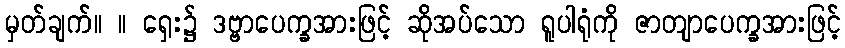
မှတ်ချက်။ ။ ရှေး၌ ဒဗ္ဗာပေက္ခအားဖြင့် ဆိုအပ်သော ရူပါရုံကို ဇာတျာပေက္ခအားဖြင့်